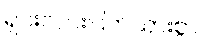
ရှင်းလင်းပြတ်သားစွာ